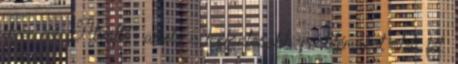
ilyen az „Átváltó”, amely a legfontosabb problémákat öleli fel.